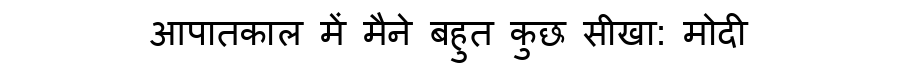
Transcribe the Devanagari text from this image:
आपातकाल में मैने बहुत कुछ सीखा: मोदी